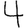
Digit: 4